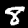
Label: 8